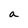
Character: a